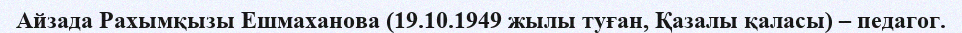
Айзада Рахымқызы Ешмаханова (19.10.1949 жылы туған, Қазалы қаласы) – педагог.